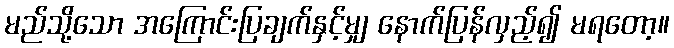
မည်သို့သော အကြောင်းပြချက်နှင့်မျှ နောက်ပြန်လှည့်၍ မရတော့။